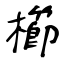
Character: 櫛